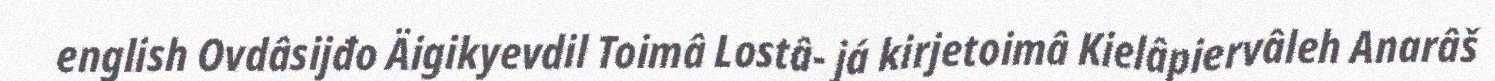
english Ovdâsijđo Äigikyevdil Toimâ Lostâ- já kirjetoimâ Kielâpiervâleh Anarâš